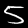
Label: 5